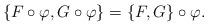
LaTeX: \begin{align*} \{ F \circ \varphi, G \circ \varphi \} = \{ F, G\} \circ \varphi. \end{align*}